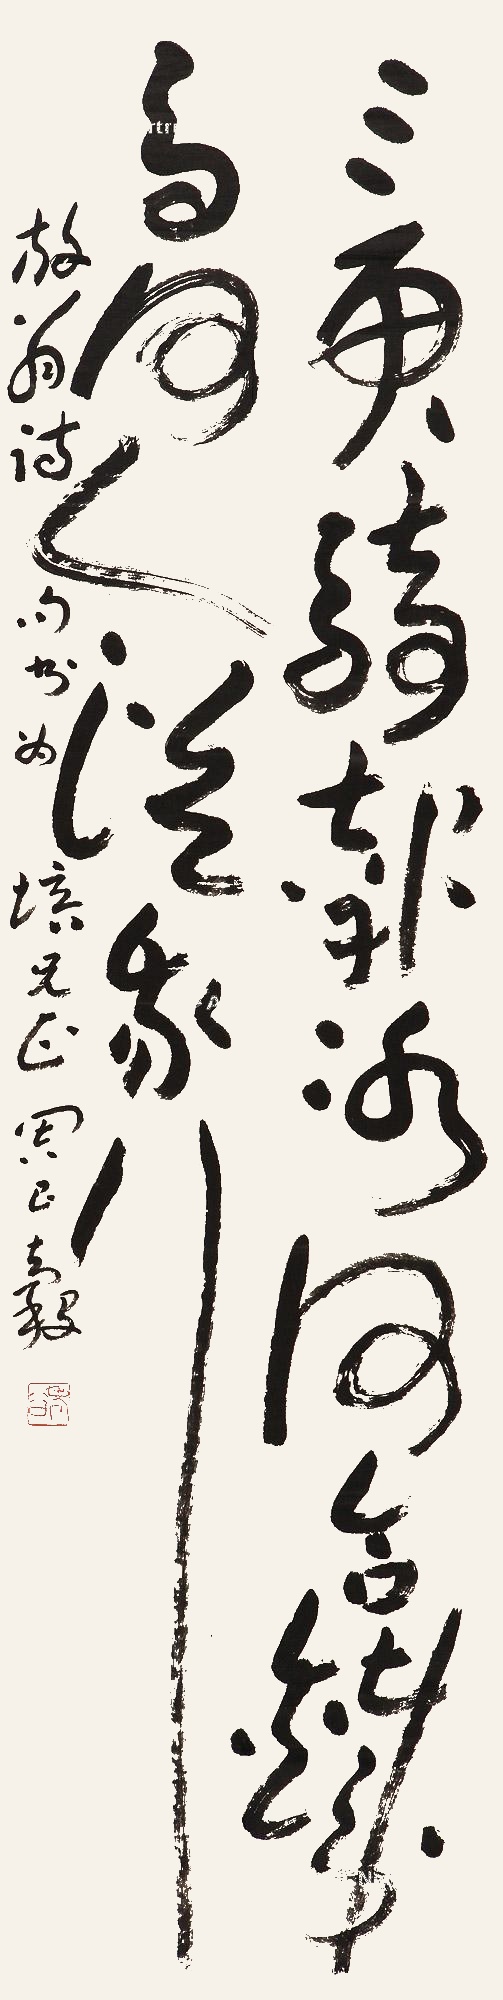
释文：三更骑报河冰合，铁马何人从我行。放翁诗句，书为培兄正，周昌谷。